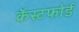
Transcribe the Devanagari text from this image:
कॅस्टफोर्ड